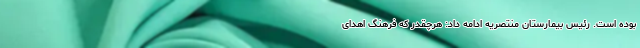
بوده است. رئیس بیمارستان منتصریه ادامه داد: هرچقدر که فرهنگ اهدای